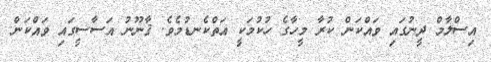
އިސްލާމް ދީނުގައި ވައްކަން ކުރާ މީހާގެ ހުކުމަކީ އަތްކެނޑުމެވެ. ޤާނޫނު އަސާސީގައި ވައްކަން